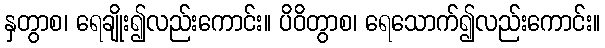
နှတွာစ၊ ရေချိုး၍လည်းကောင်း။ ပိဝိတွာစ၊ ရေသောက်၍လည်းကောင်း။